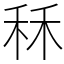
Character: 秝